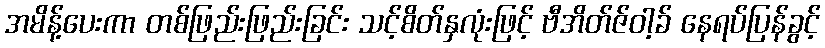
အမိန့်ပေးကာ တစ်ဖြည်းဖြည်းခြင်း သင့်စိတ်နှလုံးဖြင့် ဗီအိတ်ဇ်ဝါ့ခ် နေရပ်ပြန်ခွင့်